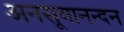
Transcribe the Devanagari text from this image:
अनसूयानन्‍दन